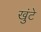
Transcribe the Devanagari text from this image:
खुंटे